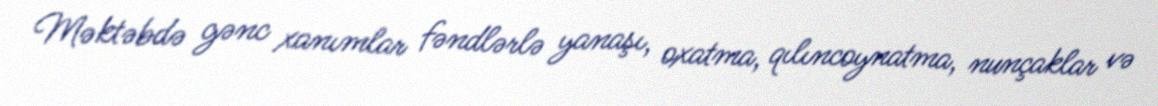
Məktəbdə gənc xanımlar fəndlərlə yanaşı, oxatma, qılıncoynatma, nunçaklar və